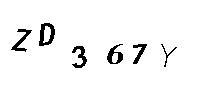
ZD367Y